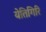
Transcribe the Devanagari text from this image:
येतिगिरि